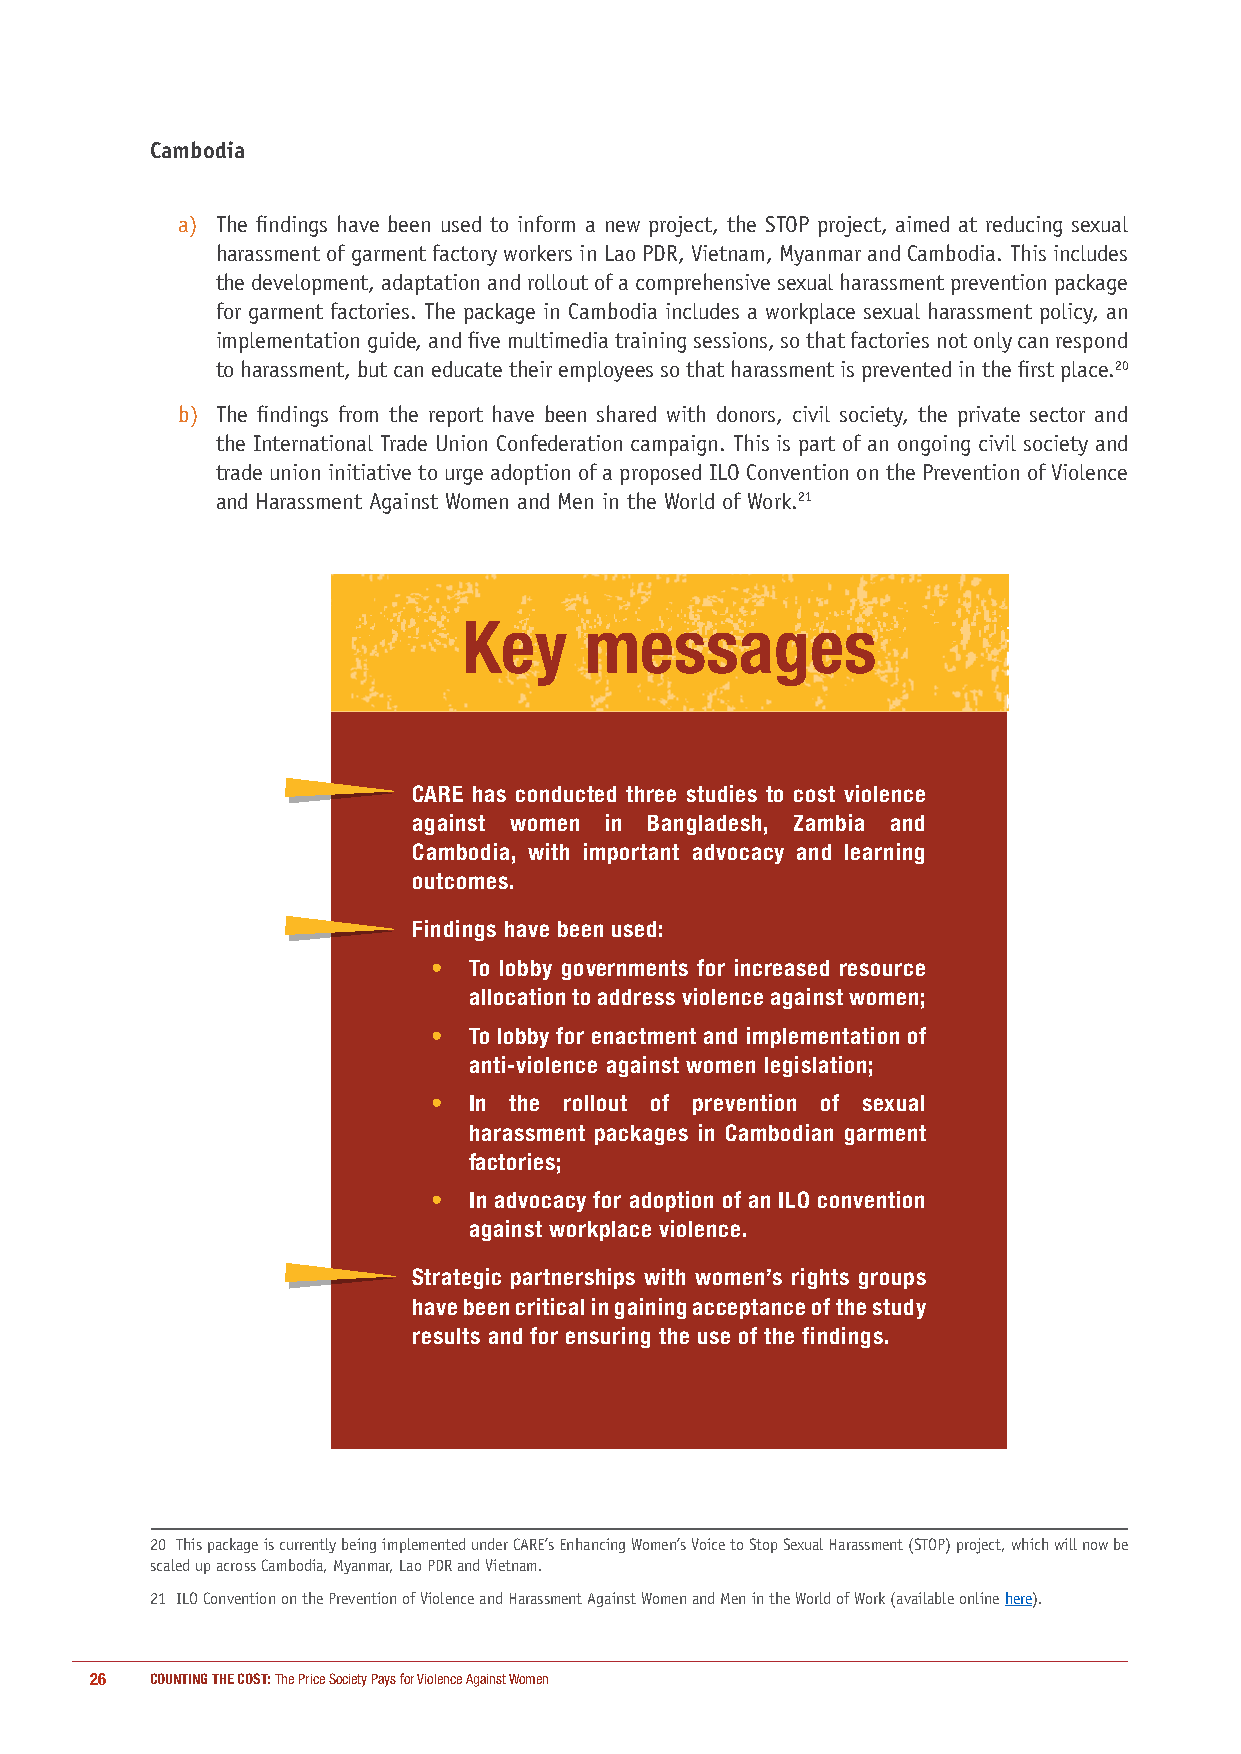
Cambodia
 a) The findings have been used to inform a new project, the STOP project, aimed at reducing sexual
 harassment of garment factory workers in Lao PDR, Vietnam, Myanmar and Cambodia. This includes
 the development, adaptation and rollout of a comprehensive sexual harassment prevention package
 for garment factories. The package in Cambodia includes a workplace sexual harassment policy, an
 implementation guide, and five multimedia training sessions, so that factories not only can respond
 to harassment, but can educate their employees so that harassment is prevented in the first place.20
 b) The findings from the report have been shared with donors, civil society, the private sector and
 the International Trade Union Confederation campaign. This is part of an ongoing civil society and
 trade union initiative to urge adoption of a proposed ILO Convention on the Prevention of Violence
 and Harassment Against Women and Men in the World of Work.21
 Key     messages
 CARE has conducted three studies to cost violence
 against women in Bangladesh, Zambia and
 Cambodia, with important advocacy and learning
 outcomes.
 Findings have been used:
 • To lobby governments for increased resource
 allocation to address violence against women;
 • To lobby for enactment and implementation of
 anti-violence against women legislation;
 • In the rollout of prevention of sexual
 harassment packages in Cambodian garment
 factories;
 • In advocacy for adoption of an ILO convention
 against workplace violence.
 Strategic partnerships with women’s rights groups
 have been critical in gaining acceptance of the study
 results and for ensuring the use of the findings.
 20 This package is currently being implemented under CARE’s Enhancing Women’s Voice to Stop Sexual Harassment (STOP) project, which will now be
 scaled up across Cambodia, Myanmar, Lao PDR and Vietnam.
 21 ILO Convention on the Prevention of Violence and Harassment Against Women and Men in the World of Work (available online here).
 26  COUNTING THE COST: The Price Society Pays for Violence Against Women